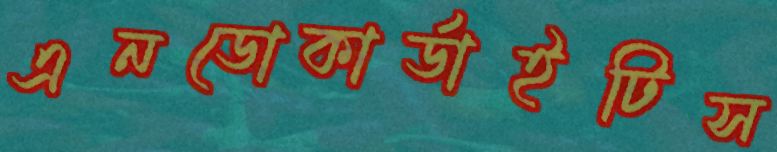
এনডোকার্ডাইটিস